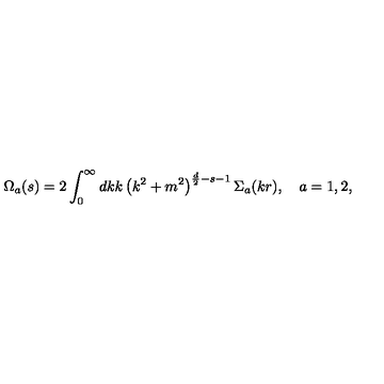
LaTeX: \Omega _ { a } ( s ) = 2 \int _ { 0 } ^ { \infty } d k k \left( k ^ { 2 } + m ^ { 2 } \right) ^ { \frac d 2 - s - 1 } { \Sigma } _ { a } ( k r ) , \quad a = 1 , 2 ,